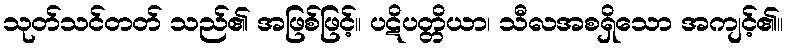
သုတ်သင်တတ် သည်၏ အဖြစ်ဖြင့်။ ပဋိပတ္တိယာ၊ သီလအစရှိသော အကျင့်၏။